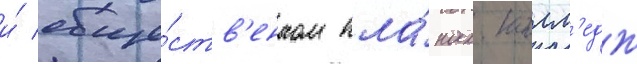
и́ обще́ств'енном пла́нах. колл'едж